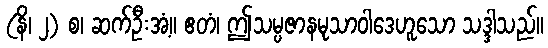
(နိ၊ ၂) စ၊ ဆက်ဦးအံ့။ ဧတံ၊ ဤသမ္ပဇာနမုသာဝါဒေဟူသော သဒ္ဒါသည်။